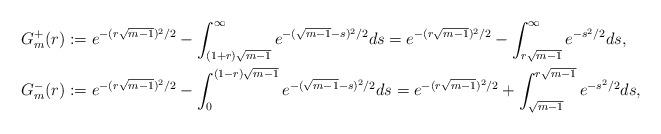
LaTeX: \begin{align*}G_m^+(r)&:=e^{-(r\sqrt{m-1})^2/2}-\int_{(1+r)\sqrt{m-1}}^\infty e^{-(\sqrt{m-1}-s)^2/2} ds=e^{-(r\sqrt{m-1})^2/2}-\int_{r\sqrt{m-1}}^\infty e^{-s^2/2} ds,\\G_m^-(r)&:=e^{-(r\sqrt{m-1})^2/2}-\int_0^{(1-r)\sqrt{m-1}} e^{-(\sqrt{m-1}-s)^2/2} ds=e^{-(r\sqrt{m-1})^2/2}+\int_{\sqrt{m-1}}^{r\sqrt{m-1}}e^{-s^2/2} ds,\end{align*}